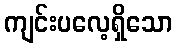
ကျင်းပလေ့ရှိသော